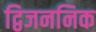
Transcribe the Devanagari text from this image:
द्विजननिक